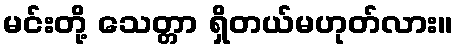
မင်းတို့ သေတ္တာ ရှိတယ်မဟုတ်လား။